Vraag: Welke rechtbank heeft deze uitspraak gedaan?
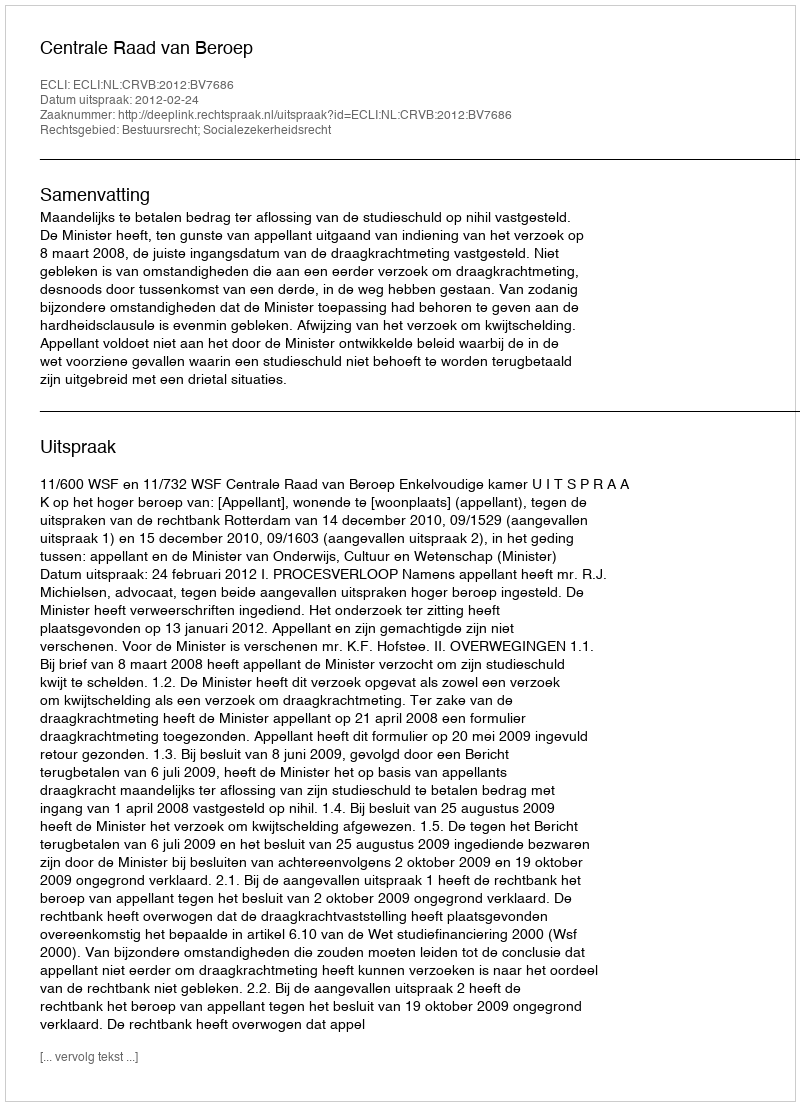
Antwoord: Centrale Raad van Beroep